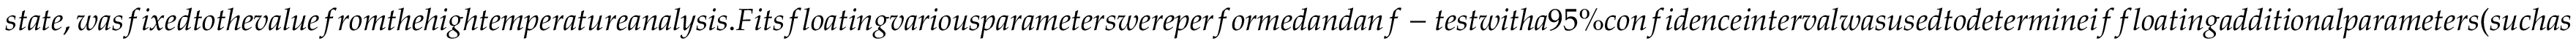
s t a t e , w a s f i x e d t o t h e v a l u e f r o m t h e h i g h t e m p e r a t u r e a n a l y s i s . F i t s f l o a t i n g v a r i o u s p a r a m e t e r s w e r e p e r f o r m e d a n d a n f - t e s t w i t h a 9 5 \% c o n f i d e n c e i n t e r v a l w a s u s e d t o d e t e r m i n e i f f l o a t i n g a d d i t i o n a l p a r a m e t e r s ( s u c h a s